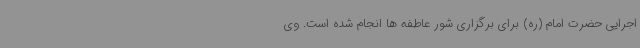
اجرایی حضرت امام (ره) برای برگزاری شور عاطفه ها انجام شده است. وی